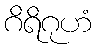
ဂိရိဂုဟံ